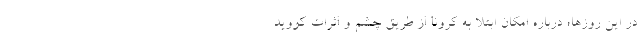
در این روزها؛ درباره امکان ابتلا به کرونا از طریق چشم و اثرات کووید